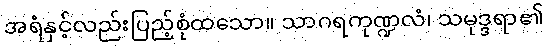
အရံနှင့်လည်းပြည့်စုံထသော။ သာဂရကုဏ္ဍလံ၊ သမုဒ္ဒရာ၏